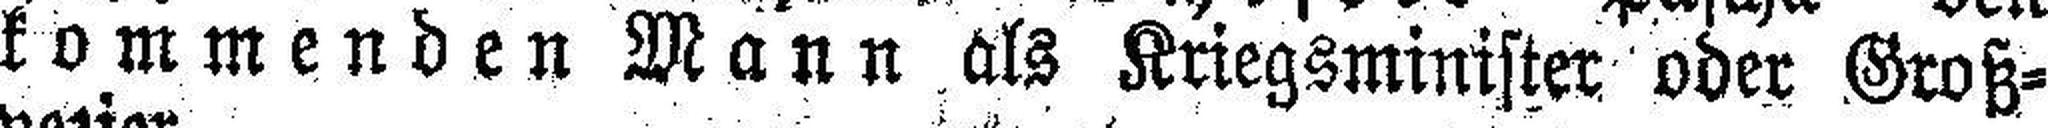
kommenden Mann als Kriegsminister oder Groß¬